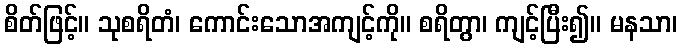
စိတ်ဖြင့်။ သုစရိတံ၊ ကောင်းသောအကျင့်ကို။ စရိတွာ၊ ကျင့်ပြီး၍။ မနသာ၊